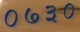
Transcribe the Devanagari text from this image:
०७३०